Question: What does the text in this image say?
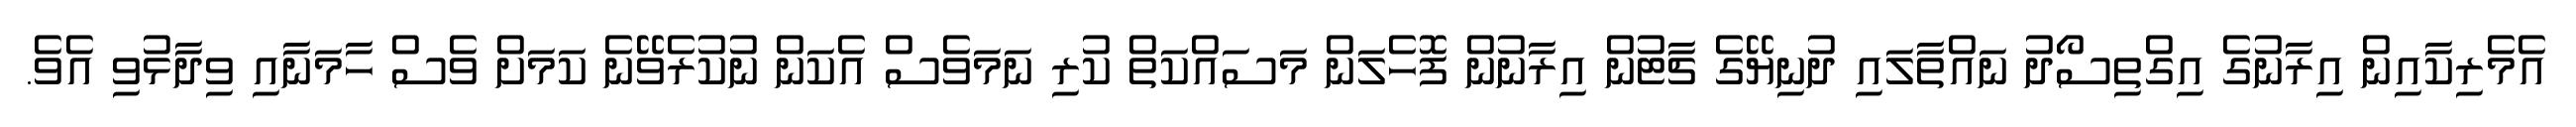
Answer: އެމެރިކާއިން އިރާނުގެ އިގްތިސޯދު ނައްތާލައި ދުނިޔޭގެ ޗާޓުން އިރާނުން ފޮހެލަން މަސައްކަތް ކުރި ނަމަވެސް އެކަން ނުކުރެވޭނެ ކަމަށް ވެސް ހާމަނާއި ވިދާޅުވި އެވެ.